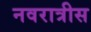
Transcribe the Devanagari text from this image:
नवरात्रीस